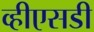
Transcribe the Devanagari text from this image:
व्हीएसडी